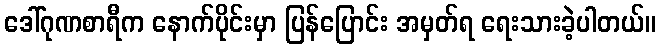
ဒေါ်ဂုဏစာရီက နောက်ပိုင်းမှာ ပြန်ပြောင်း အမှတ်ရ ရေးသားခဲ့ပါတယ်။